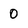
Character: 0